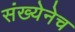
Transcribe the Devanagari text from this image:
संख्येनेच